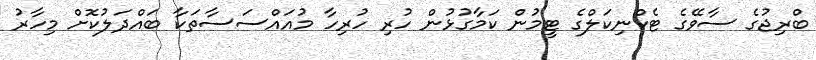
ބްރިޖުގެ ސާވޭގެ ޓެކްނިކަލްގެ ޓީމުން ކަމާގުޅުން ހުރި ހުރިހާ މުއައްސަސާތަކާ ބައްދަލުކޮށް މިހާރު